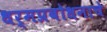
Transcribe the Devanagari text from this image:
धर्मप्रबोधनाचे